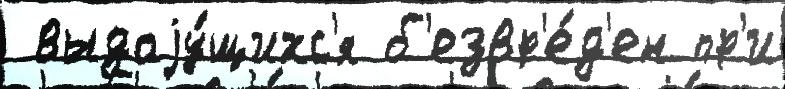
 выдаjу́щихс'я б'езвр'е́д'ен пр'и